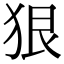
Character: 狠